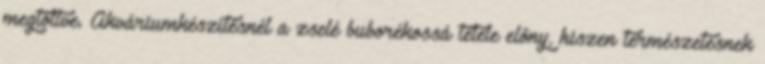
megtöltve. Akváriumkészítésnél a zselé buborékossá tétele előny, hiszen természetesnek